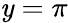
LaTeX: \mathit{y}=\pi